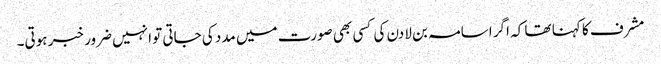
مشرف کا کہنا تھا کہ اگر اسامہ بن لادن کی کسی بھی صورت میں مدد کی جاتی تو انہیں ضرور خبر ہوتی۔